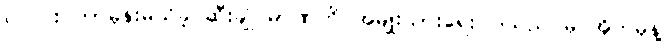
ဂလင်း ဘာမှန်းမသိခဲ့ ဆီးချိုပမာဏကို အမျိုးသားရေးဝါဒသည် မိုင်အိုက်မုန့်